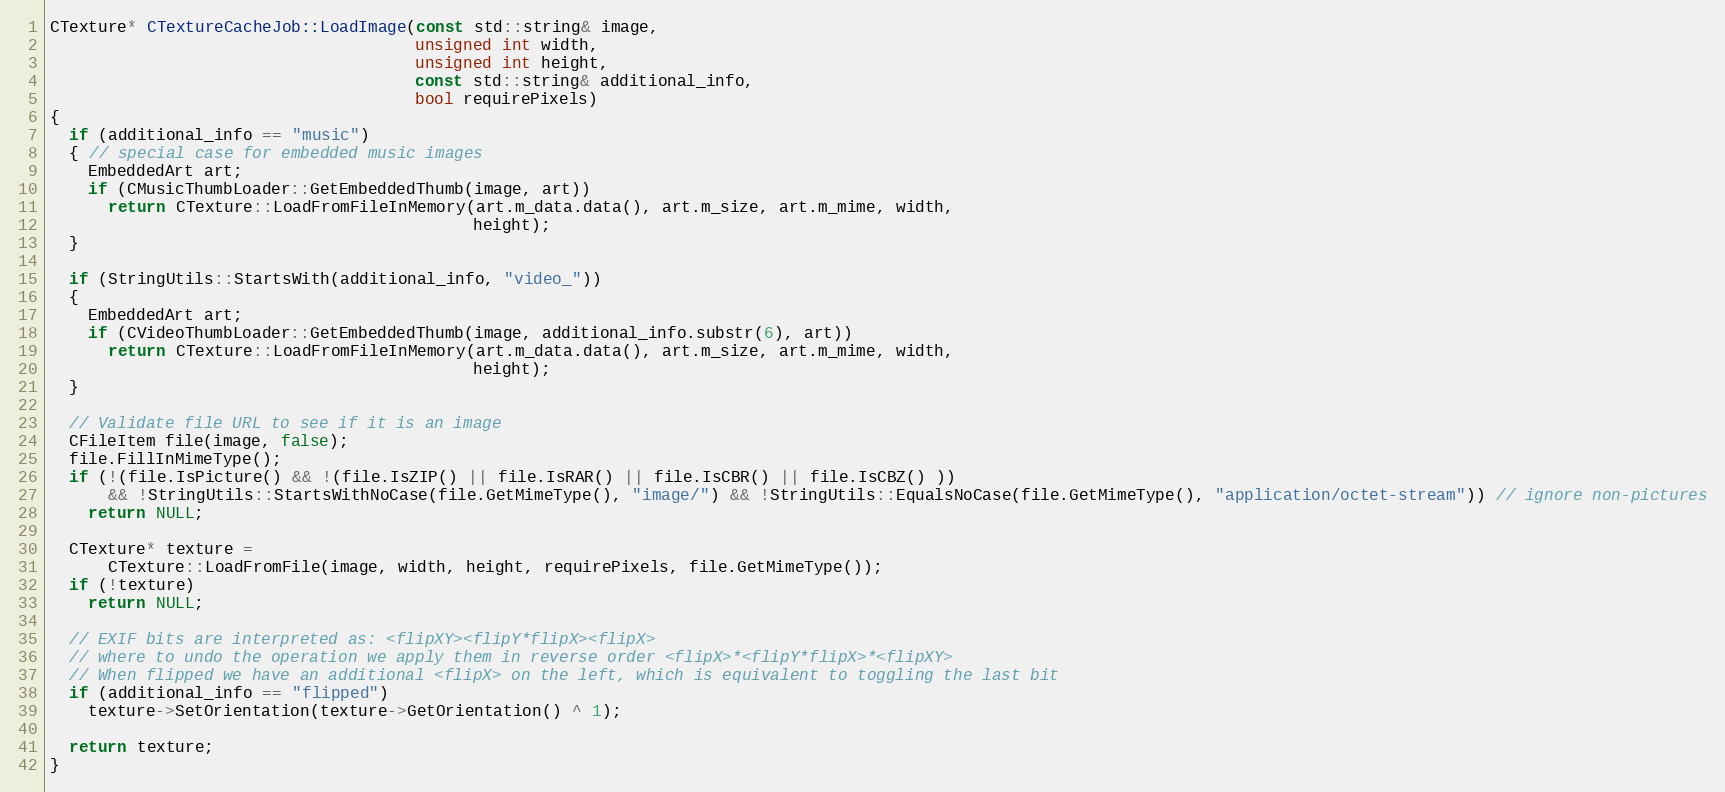
Language: C++
CTexture* CTextureCacheJob::LoadImage(const std::string& image,
                                      unsigned int width,
                                      unsigned int height,
                                      const std::string& additional_info,
                                      bool requirePixels)
{
  if (additional_info == "music")
  { // special case for embedded music images
    EmbeddedArt art;
    if (CMusicThumbLoader::GetEmbeddedThumb(image, art))
      return CTexture::LoadFromFileInMemory(art.m_data.data(), art.m_size, art.m_mime, width,
                                            height);
  }

  if (StringUtils::StartsWith(additional_info, "video_"))
  {
    EmbeddedArt art;
    if (CVideoThumbLoader::GetEmbeddedThumb(image, additional_info.substr(6), art))
      return CTexture::LoadFromFileInMemory(art.m_data.data(), art.m_size, art.m_mime, width,
                                            height);
  }

  // Validate file URL to see if it is an image
  CFileItem file(image, false);
  file.FillInMimeType();
  if (!(file.IsPicture() && !(file.IsZIP() || file.IsRAR() || file.IsCBR() || file.IsCBZ() ))
      && !StringUtils::StartsWithNoCase(file.GetMimeType(), "image/") && !StringUtils::EqualsNoCase(file.GetMimeType(), "application/octet-stream")) // ignore non-pictures
    return NULL;

  CTexture* texture =
      CTexture::LoadFromFile(image, width, height, requirePixels, file.GetMimeType());
  if (!texture)
    return NULL;

  // EXIF bits are interpreted as: <flipXY><flipY*flipX><flipX>
  // where to undo the operation we apply them in reverse order <flipX>*<flipY*flipX>*<flipXY>
  // When flipped we have an additional <flipX> on the left, which is equivalent to toggling the last bit
  if (additional_info == "flipped")
    texture->SetOrientation(texture->GetOrientation() ^ 1);

  return texture;
}